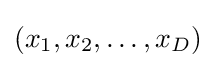
(x_{1},x_{2},\ldots ,x_{D})